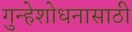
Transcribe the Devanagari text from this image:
गुन्हेशोधनासाठी